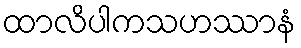
ထာလိပါကသဟဿာနံ